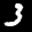
Label: 3